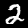
Digit: 2